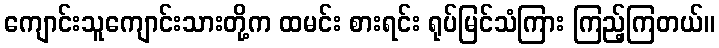
ကျောင်းသူကျောင်းသားတို့က ထမင်း စားရင်း ရုပ်မြင်သံကြား ကြည့်ကြတယ်။